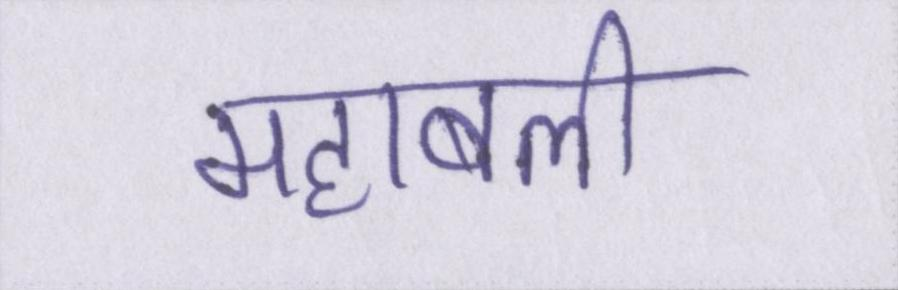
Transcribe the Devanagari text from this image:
महाबली